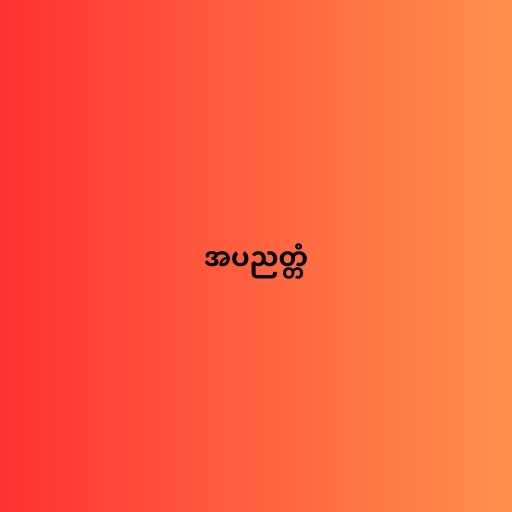
အပညတ္တံ